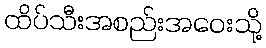
ထိပ်သီးအစည်းအဝေးသို့